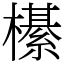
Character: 櫀